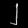
Digit: ၂